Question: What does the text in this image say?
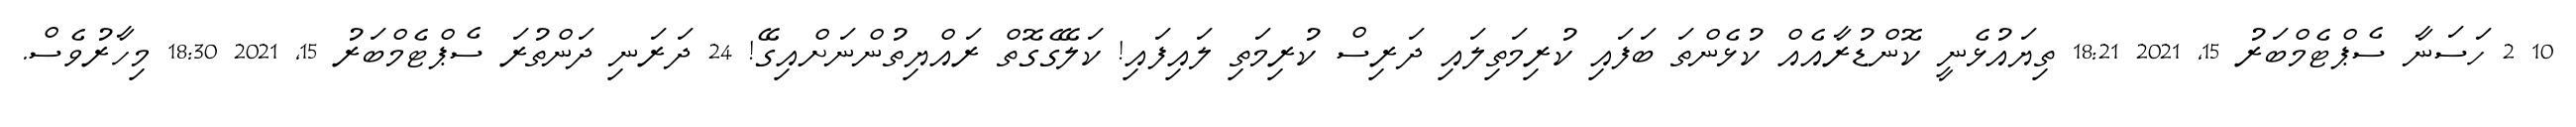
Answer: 10 2 ހަސަނާ ސެޕްޓެމްބަރު 15, 2021 18:21 ތިޔައުޅެނީ ކޮންޑުރާއެއް ކުޅެންތަ ބަފައި ކުރިމަތިލައި ދަރިސް ކުރިމަތި ލައިފައި! ކަލޭގެގޮތް ރައްޔިތުންނަށްއިގޭ! 24 ދަރަނި ދަންތުރަ ސެޕްޓެމްބަރު 15, 2021 18:30 މިހާރުވެސް.